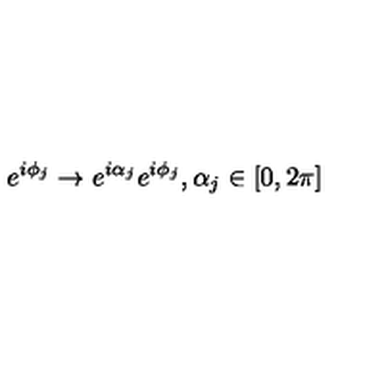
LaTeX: e ^ { i \phi _ { j } } \to e ^ { i \alpha _ { j } } e ^ { i \phi _ { j } } , \alpha _ { j } \in [ 0 , 2 \pi ]